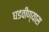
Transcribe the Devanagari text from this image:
घडवीण्यास